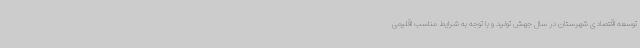
توسعه اقتصادی شهرستان در سال جهش تولید و با توجه به شرایط مناسب اقلیمی